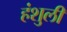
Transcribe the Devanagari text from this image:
हंशुली